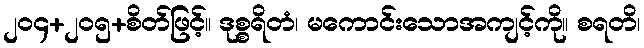
၂၀၄+၂၀၅+စိတ်ဖြင့်။ ဒုစ္စရိတံ၊ မကောင်းသောအကျင့်ကို။ စရတိ၊